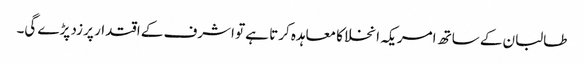
طالبان کے ساتھ امریکہ انخلا کا معاہدہ کرتا ہے تو اشرف کے اقتدار پر زد پڑے گی۔